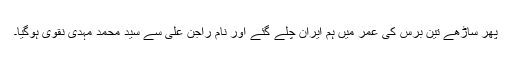
پھر ساڑھے تین برس کی عمر میں ہم ایران چلے گئے اور نام راجن علی سے سید محمد مہدی نقوی ہوگیا۔